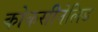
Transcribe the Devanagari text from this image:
कोकसीनेलिड